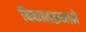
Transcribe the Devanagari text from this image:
विकासक्रमाने